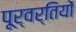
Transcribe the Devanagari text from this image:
पूर्वर्तियों